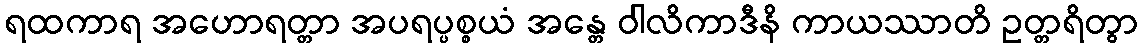
ရထကာရ အဟောရတ္တာ အပရပ္ပစ္စယံ အန္တေ ဝါလိကာဒီနိ ကာယဿာတိ ဥတ္တရိတွာ